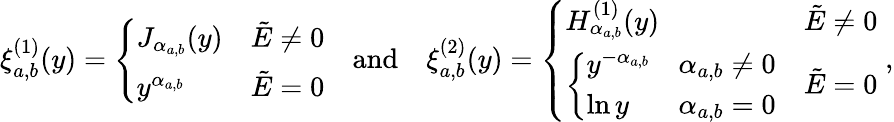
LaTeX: \xi_{a,b}^{(1)}(y)=\left\{ \begin{array}{ll}{J_{\alpha_{a,b}}(y)}&{\tilde{E}\neq 0}\\ {y^{\alpha_{a,b}}}&{\tilde{E}=0}\end{array}\right.\quad\mathrm{and}\quad\xi_{a,b}^{(2)}(y)=\left\{ \begin{array}{ll}{H_{\alpha_{a,b}}^{(1)}(y)}&{\tilde{E}\neq 0}\\ {\left\{ \begin{array}{ll}{y^{-\alpha_{a,b}}}&{\alpha_{a,b}\neq 0}\\ {\ln{y}}&{\alpha_{a,b}=0}\end{array}\right.}&{\tilde{E}=0}\end{array}\right.\; ,